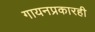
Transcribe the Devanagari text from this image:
गायनप्रकारही